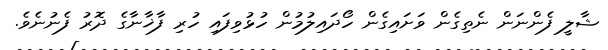
ޝާލީ ފެންނަން ނެތިގެން ވަށައިގެން ހޯދައިލުމުން ހުޅުވިފައި ހުރި ފާޚާނާގެ ދޮރު ފެނުނެވެ.